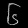
Digit: ၆